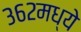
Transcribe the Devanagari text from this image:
३६२मध्ये